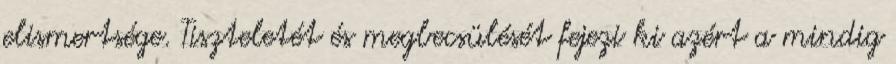
elismertsége. Tiszteletét és megbecsülését fejezi ki azért a mindig